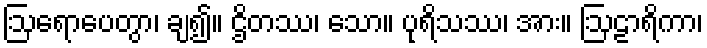
ဩရောပေတွာ၊ ချ၍။ ဌိတဿ၊ သော။ ပုရိသဿ၊ အား။ ဩဠာရိကာ၊